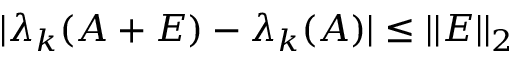
| \lambda _ { k } ( A + E ) - \lambda _ { k } ( A ) | \leq \vert \vert E \vert \vert _ { 2 }